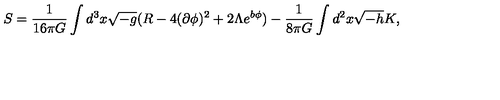
S = \frac { 1 } { 1 6 \pi G } \int d ^ { 3 } x \sqrt { - g } ( R - 4 ( \partial \phi ) ^ { 2 } + 2 \Lambda e ^ { b \phi } ) - \frac { 1 } { 8 \pi G } \int d ^ { 2 } x \sqrt { - h } K ,